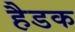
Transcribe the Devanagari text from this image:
हैडक